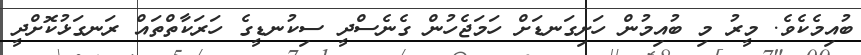
ބުއިމެކެވެ. މީރު މި ބުއިމުން ހަށިގަނޑަށް ހަމަޖެހުން ގެނެސްދީ ސިކުނޑީގެ ހަރަކާތްތައް ރަނގަޅުކޮށްދީ